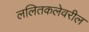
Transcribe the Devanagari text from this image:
ललितकलेवरील